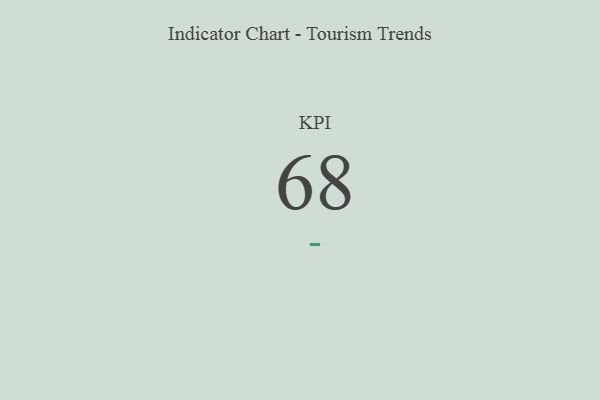
{"axis": {"x": "KPI", "y": "Value"}, "legend": [""], "data": [{"x": "KPI", "y": 68, "type": ""}]}